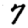
Digit: 7